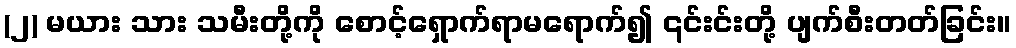
(၂) မယား သား သမီးတို့ကို စောင့်ရှောက်ရာမရောက်၍ ၎င်းင်းတို့ ပျက်စီးတတ်ခြင်း။